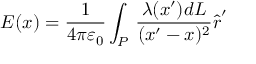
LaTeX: { \boldsymbol { E } } ( { \boldsymbol { x } } ) = { \frac { 1 } { 4 \pi \varepsilon _ { 0 } } } \int _ { P } \, { \frac { \lambda ( { \boldsymbol { x } } ^ { \prime } ) d L } { ( { \boldsymbol { x } } ^ { \prime } - { \boldsymbol { x } } ) ^ { 2 } } } { \hat { \boldsymbol { r } } } ^ { \prime }